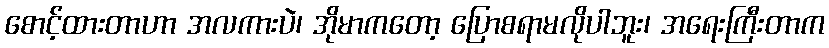
စောင့်ထားတာဟာ အလကားပဲ၊ အိုမာကတော့ ပြောစရာမလိုပါဘူး၊ အရေးကြီးတာက